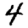
Digit: 4